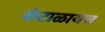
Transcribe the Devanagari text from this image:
कंटाळायच